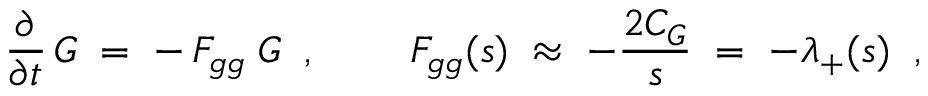
\frac { \partial } { \partial t } \, G \; = \; - \, F _ { g g } \; G \; \; , \; \; \; \; \; \; \; \; F _ { g g } ( s ) \; \approx \; - \frac { 2 C _ { G } } { s } \; = \; - \lambda _ { + } ( s ) \; \; ,